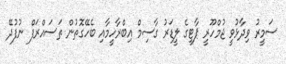
ސަމީރު ވިދާޅުވީ ޖުމްހޫރީ ޕާޓީގެ ލީޑަރު ގާސިމް އިބްރާހީމާއި ބެހޭގޮތުން ތަސައްރަފް ނުފުދޭ